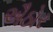
ઐઠોર